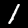
Label: 1